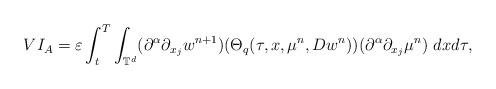
LaTeX: \begin{align*}VI_{A}=\varepsilon\int_{t}^{T}\int_{\mathbb{T}^{d}}(\partial^{\alpha}\partial_{x_{j}}w^{n+1})(\Theta_{q}(\tau,x,\mu^{n},Dw^{n}))(\partial^{\alpha}\partial_{x_{j}}\mu^{n})\ dxd\tau,\end{align*}